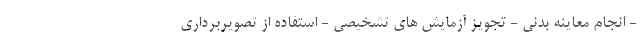
- انجام معاینه بدنی - تجویز آزمایش های تشخیصی - استفاده از تصویربرداری